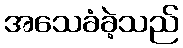
အသေခံခဲ့သည်